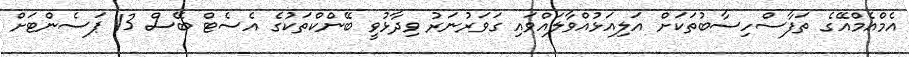
އެމްއެމްއޭގެ ތަފާސްހިސާބުތަކަށް އަލިއަޅުއްވާލައްވައި ގަވަރުނަރު ވިދާޅުވީ ބޭންކްތަކުގެ އެސެޓް ބޭސް 13 ޕަސެންޓަށް